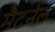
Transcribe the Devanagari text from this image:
मैटर्नल